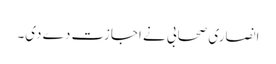
انصاری صحابی نے اجازت دے دی۔